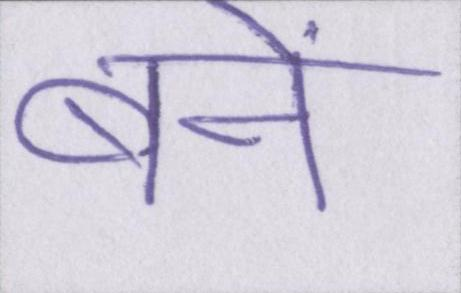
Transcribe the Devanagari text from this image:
बनें